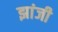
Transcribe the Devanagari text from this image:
झांजी